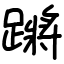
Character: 蹡